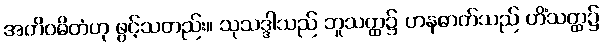
အတိဝဓိတံဟု ဖွင့်သတည်း။ သုသဒ္ဒါသည် ဘူသတ္ထ၌ ဟနဓာတ်သည် ဟိံသတ္ထ၌